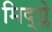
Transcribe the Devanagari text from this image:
मिद्ग्ले